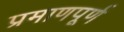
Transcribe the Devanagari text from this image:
प्रमाणपूर्ण